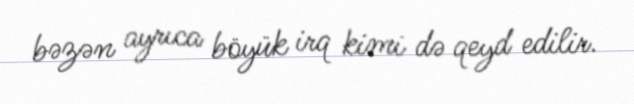
bəzən ayrıca böyük irq kimi də qeyd edilir.